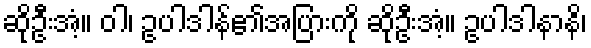
ဆိုဦးအံ့။ ဝါ၊ ဥပါဒါန်၏အပြားကို ဆိုဦးအံ့။ ဥပါဒါနာနိ၊